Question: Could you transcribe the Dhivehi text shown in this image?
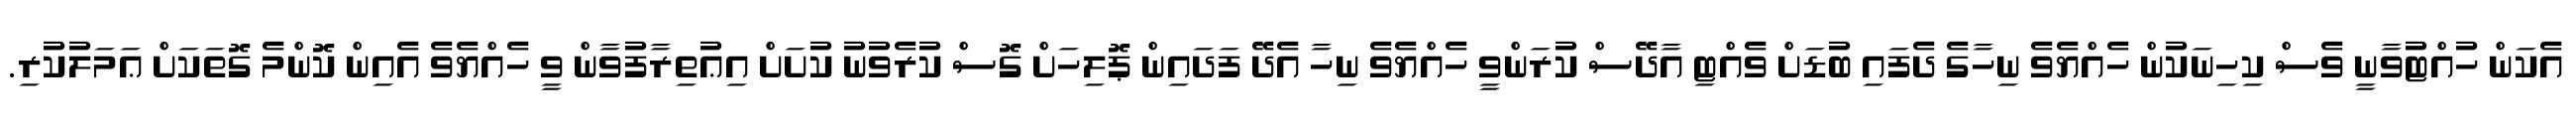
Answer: އެކަން ހުއްޓުވާނީ ވެސް ކިހިނަކުން ހެއްޔެވެ ނިހާގެ ދެފައި ބުޑަށް ވެއްޓި އާދޭސް ކުރަންވީ ހެއްޔެވެ ނިހާ އެދޭ ފަދައިން ޕޮލިހަށް ގޮސް ކުރެވުނު ކުށަށް އިޢުތިރާފުވާން ވީ ހެއްޔެވެ އެއިން ކޮންމެ ގޮތަކަށް ޢަމަލުކުރި.